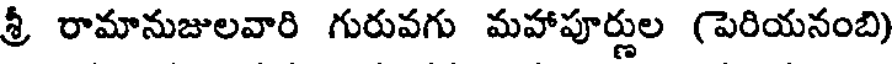
శ్రీ రామానుజులవారి గురువగు మహాపూర్ణుల (పెరియనంబి)